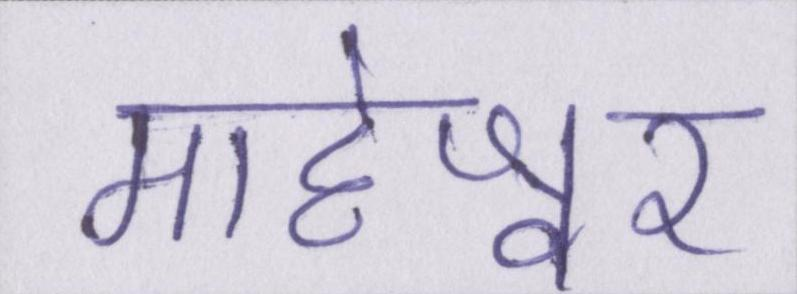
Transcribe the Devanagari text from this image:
माहेश्वर